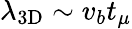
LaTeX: \lambda_{\mathrm{3D}}\sim v_{b}t_{\mu}